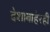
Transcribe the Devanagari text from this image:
देशाबाहेरही